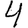
Digit: 4